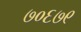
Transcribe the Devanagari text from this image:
७०६७९